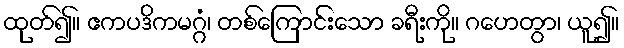
ထုတ်၍။ ဧကပဒိကမဂ္ဂံ၊ တစ်ကြောင်းသော ခရီးကို။ ဂဟေတွာ၊ ယူ၍။